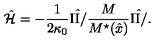
\hat { \cal H } = - \frac { 1 } { 2 \kappa _ { 0 } } \hat { \Pi / } \frac { M } { M ^ { \star } ( \hat { x } ) } \hat { \Pi / } .